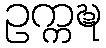
ဥက္ကဍ္ဎ